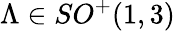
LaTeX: \Lambda\in SO^{+}(1,3)